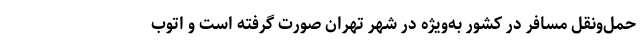
حمل‌ونقل مسافر در کشور به‌ویژه در شهر تهران صورت گرفته است و اتوب